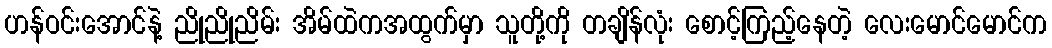
ဟန်ဝင်းအောင်နဲ့ ညိုညိုညိမ်း အိမ်ထဲကအထွက်မှာ သူတို့ကို တချိန်လုံး စောင့်ကြည့်နေတဲ့ လေးမောင်မောင်က